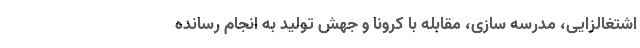
اشتغالزایی، مدرسه سازی، مقابله با کرونا و جهش تولید به انجام رسانده